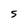
Character: 5